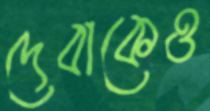
দেবাকেও